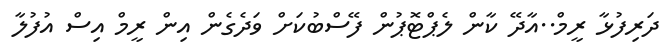
ދަރިފުޅާ ރީމް..އާދޭ ކާން ލެޕްޓޮޕުން ފޭސްބުކަށް ވަދެގެން އިން ރީމް އިސް އުފުލާ